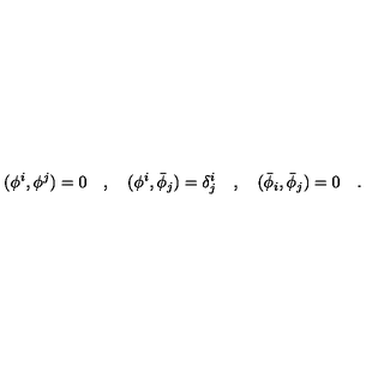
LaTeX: ( \phi ^ { i } , \phi ^ { j } ) = 0 \quad , \quad ( \phi ^ { i } , { \bar { \phi } } _ { j } ) = \delta _ { j } ^ { i } \quad , \quad ( { \bar { \phi } } _ { i } , { \bar { \phi } } _ { j } ) = 0 \quad .